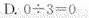
D.0 \div 3=0